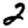
Digit: 2